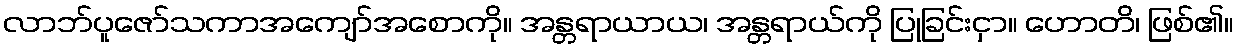
လာဘ်ပူဇော်သကာအကျော်အစောကို။ အန္တရာယာယ၊ အန္တရာယ်ကို ပြုခြင်းငှာ။ ဟောတိ၊ ဖြစ်၏။